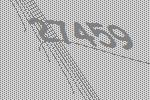
27459